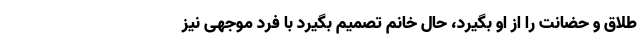
طلاق و حضانت را از او بگیرد، حال خانم تصمیم بگیرد با فرد موجهی نیز